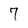
Character: 7